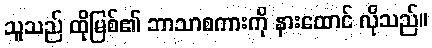
သူသည် ထိုမြစ်၏ ဘာသာစကားကို နားထောင် လိုသည်။